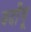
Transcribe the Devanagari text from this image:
बदाँयू